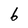
Character: 6